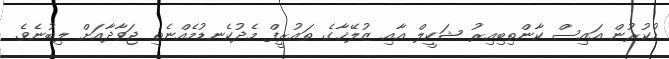
ހުކުރުން އައިސް ކާންތިބިއިރު ޝަކީލް އާއި ޒުލޭޚާގެ ތައުރީފް މެދުކެނޑުމެއްނެތި ޖަވާދާއަށް ލިބުނެވެ.